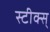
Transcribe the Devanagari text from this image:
स्टीक्स्